Vaccination in Bombay 1902-1912 - 1902-1912
Year: 1902
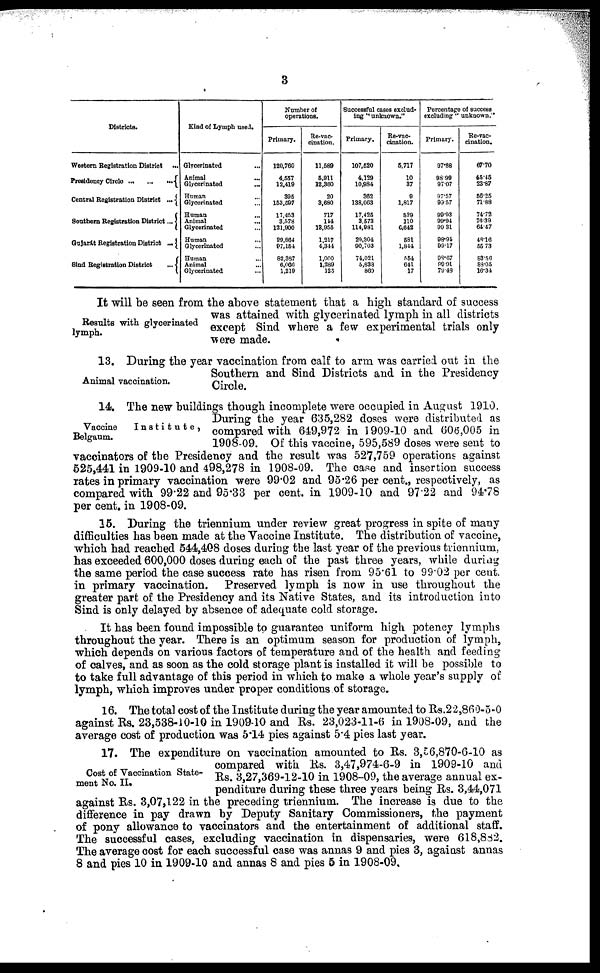
3
Districts.
Western Registration District ...
Presidency Circle
...
...
...
Central Registration District
...
Southern Registration District ...
Gujarát Registration District
...
Sind Registration District
...
Kind of Lymph used.
Glycerlnated
...
Animal ...
Glycerinated
...
Human ...
Glycerinated ...
Human ...
Animal
...
Glycerlnated ...
Human ...
Glycerlnated ...
Human ...
Animal ...
Glycerinated ...
Number of
operations.
Primary.
120,760
4,557
12,419
395
153,597
17,453
3,578
121,900
29,864
97,151
82,387
6,066
1,219
Re-vac-
cination.
11,589
5,911
12,360
20
3,680
717
144
13,955
1,217
4,341
1,000
1,289
125
Successful cases exclud-
ing " unknown."
Primary.
107,520
4,129
10,984
362
138,063
17,425
3,573
114,981
29,304
90,703
74,021
5,838
860
Re-vac-
cination.
5,717
10
37
9
1,817
529
110
6,642
581
1,844
554
641
17
Percentage of success
excluding " unknown."
Primary.
97.88
98.90
97.07
97.57
99.57
99.93
99.94
99.31
98.91
99.17
98.67 99.91
79.48
Re-vac-
cination.
67.70
45.45
23.87
56.25
71.88
74.72
76.39
61.47
49.16
55.73
83.56
88.05
16.34
Results with glycerinated
lymph.
It will be seen from the above statement that a high standard of success
was attained with glycerinated lymph in all districts
except Sind where a few experimental trials only
were made.
Animal vaccination.
13. During the year vaccination from calf to arm was carried out in the
Southern and Sind Districts and in the Presidency
Circle.
Vaccine
Institute,
Belgaum.
14. The new buildings though incomplete were occupied in August 1910.
During the year 635,282 doses were distributed as
compared with 649,972 in 1909-10 and 606,005 in
1908-09. Of this vaccine, 595,589 doses were sent to
vaccinators of the Presidency and the result was 527,759 operations against
525,441 in 1909-10 and 498,278 in 1908-09. The case and insertion success
rates in primary vaccination were 99.02 and 95.26 per cent., respectively, as
compared with 99.22 and 95.33 per cent. in 1909-10 and 97.22 and 94.78
per cent. in 1908-09.
15. During the triennium under review great progress in spite of many
difficulties has been made at the Vaccine Institute. The distribution of vaccine,
which had reached 544,408 doses during the last year of the previous triennium,
has exceeded 600,000 doses during each of the past three years, while during
the same period the case success rate has risen from 95.61 to 99.02 per cent.
in primary vaccination. Preserved lymph is now in use throughout the
greater part of the Presidency and its Native States, and its introduction into
Sind is only delayed by absence of adequate cold storage.
It has been found impossible to guarantee uniform high potency lymphs
throughout the year. There is an optimum season for production of lymph,
which depends on various factors of temperature and of the health and feeding
of calves, and as soon as the cold storage plant is installed it will be possible to
to take full advantage of this period in which to make a whole year's supply of
lymph, which improves under proper conditions of storage.
16. The total cost of the Institute during the year amounted to Rs.22,860-5-0
against Rs. 23,538-10-10 in 1909-10 and Rs. 23,023-11-6 in 1908-09, and the
average cost of production was 5.14 pies against 5.4 pies last year.
Cost of Vaccination State-
ment No. II.
17. The expenditure on vaccination amounted to Rs. 3,56,870-6-10 as
compared with Rs. 3,47,974-6-9 in 1909-10 and
Rs. 3,27,369-12-10 in 1908-09, the average annual ex-
penditure during these three years being Rs. 3,44,071
against Rs. 3,07,122 in the preceding triennium. The increase is due to the
difference in pay drawn by Deputy Sanitary Commissioners, the payment
of pony allowance to vaccinators and the entertainment of additional staff.
The successful cases, excluding vaccination in dispensaries, were 618,882.
The average cost for each successful case was annas 9 and pies 3, against annas
8 and pies 10 in 1909-10 and annas 8 and pies 5 in 1908-09.